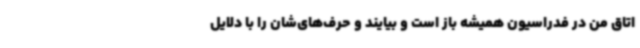
اتاق من در فدراسیون همیشه باز است و بیایند و حرف‌های‌شان را با دلایل